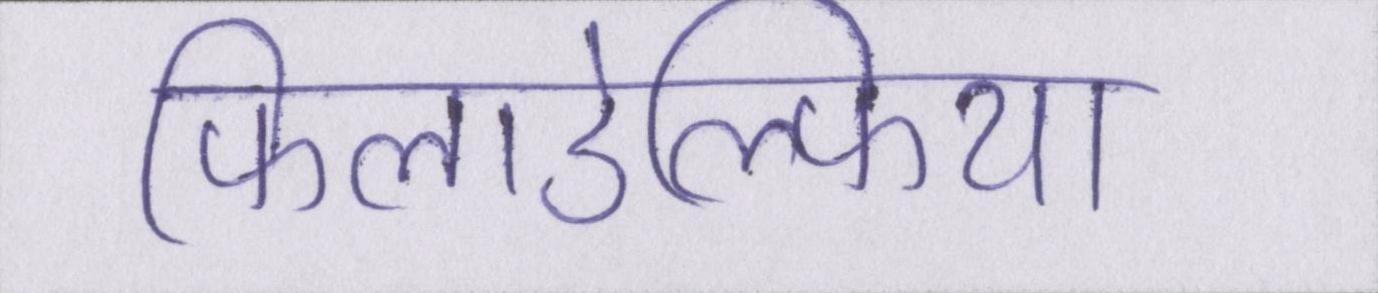
फिलाडेल्फिया